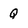
Character: Q